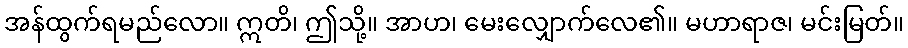
အန်ထွက်ရမည်လော။ ဣတိ၊ ဤသို့။ အာဟ၊ မေးလျှောက်လေ၏။ မဟာရာဇ၊ မင်းမြတ်။